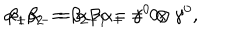
LaTeX: { \alpha } _ { + } { \alpha } _ { - } = { \alpha } _ { - } { \alpha } _ { + } = 0 , \hspace { 5 m m } { \beta } _ { 1 } { \beta } _ { 2 } = { \beta } _ { 2 } { \beta } _ { 1 } = { \gamma } ^ { 0 } \otimes { \gamma } ^ { 0 } ,